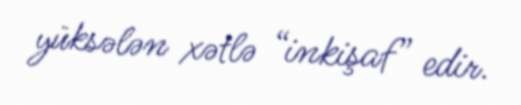
yüksələn xətlə “inkişaf” edir.